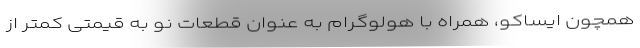
همچون ایساکو، همراه با هولوگرام به عنوان قطعات نو به قیمتی کمتر از